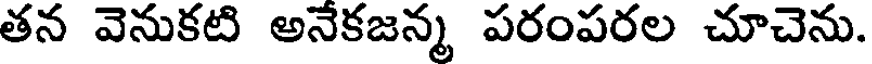
తన వెనుకటి అనేకజన్మ పరంపరల చూచెను.